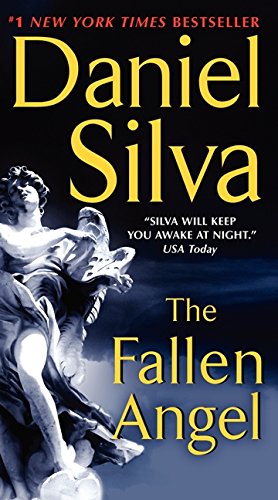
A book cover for The Fallen Angel (Gabriel Allon); Daniel Silva; Literature & Fiction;